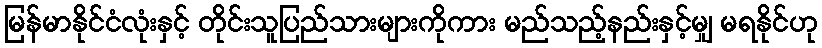
မြန်မာနိုင်ငံလုံးနှင့် တိုင်းသူပြည်သားများကိုကား မည်သည့်နည်းနှင့်မျှ မရနိုင်ဟု